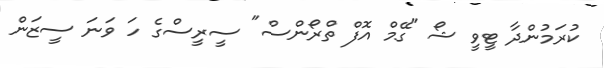
ކުރަމުންދާ ޓީވީ ޝޯ "ގޭމް އޮފް ތްރޯންސް" ސީރީސްގެ ހަ ވަނަ ސީޒަން